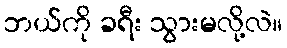
ဘယ်ကို ခရီး သွားမလို့လဲ။